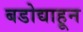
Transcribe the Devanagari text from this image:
बडोद्याहून